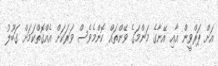
އަށް ޕަރްވީން އާއި އޭނާގެ މަންމަގެ ވޭންތައް ކޮންމެވެސް ވަރަކަށް އެއްގޮތްކަމަށް ގަބޫލު